Tartu_linnavalitsus, lk 126
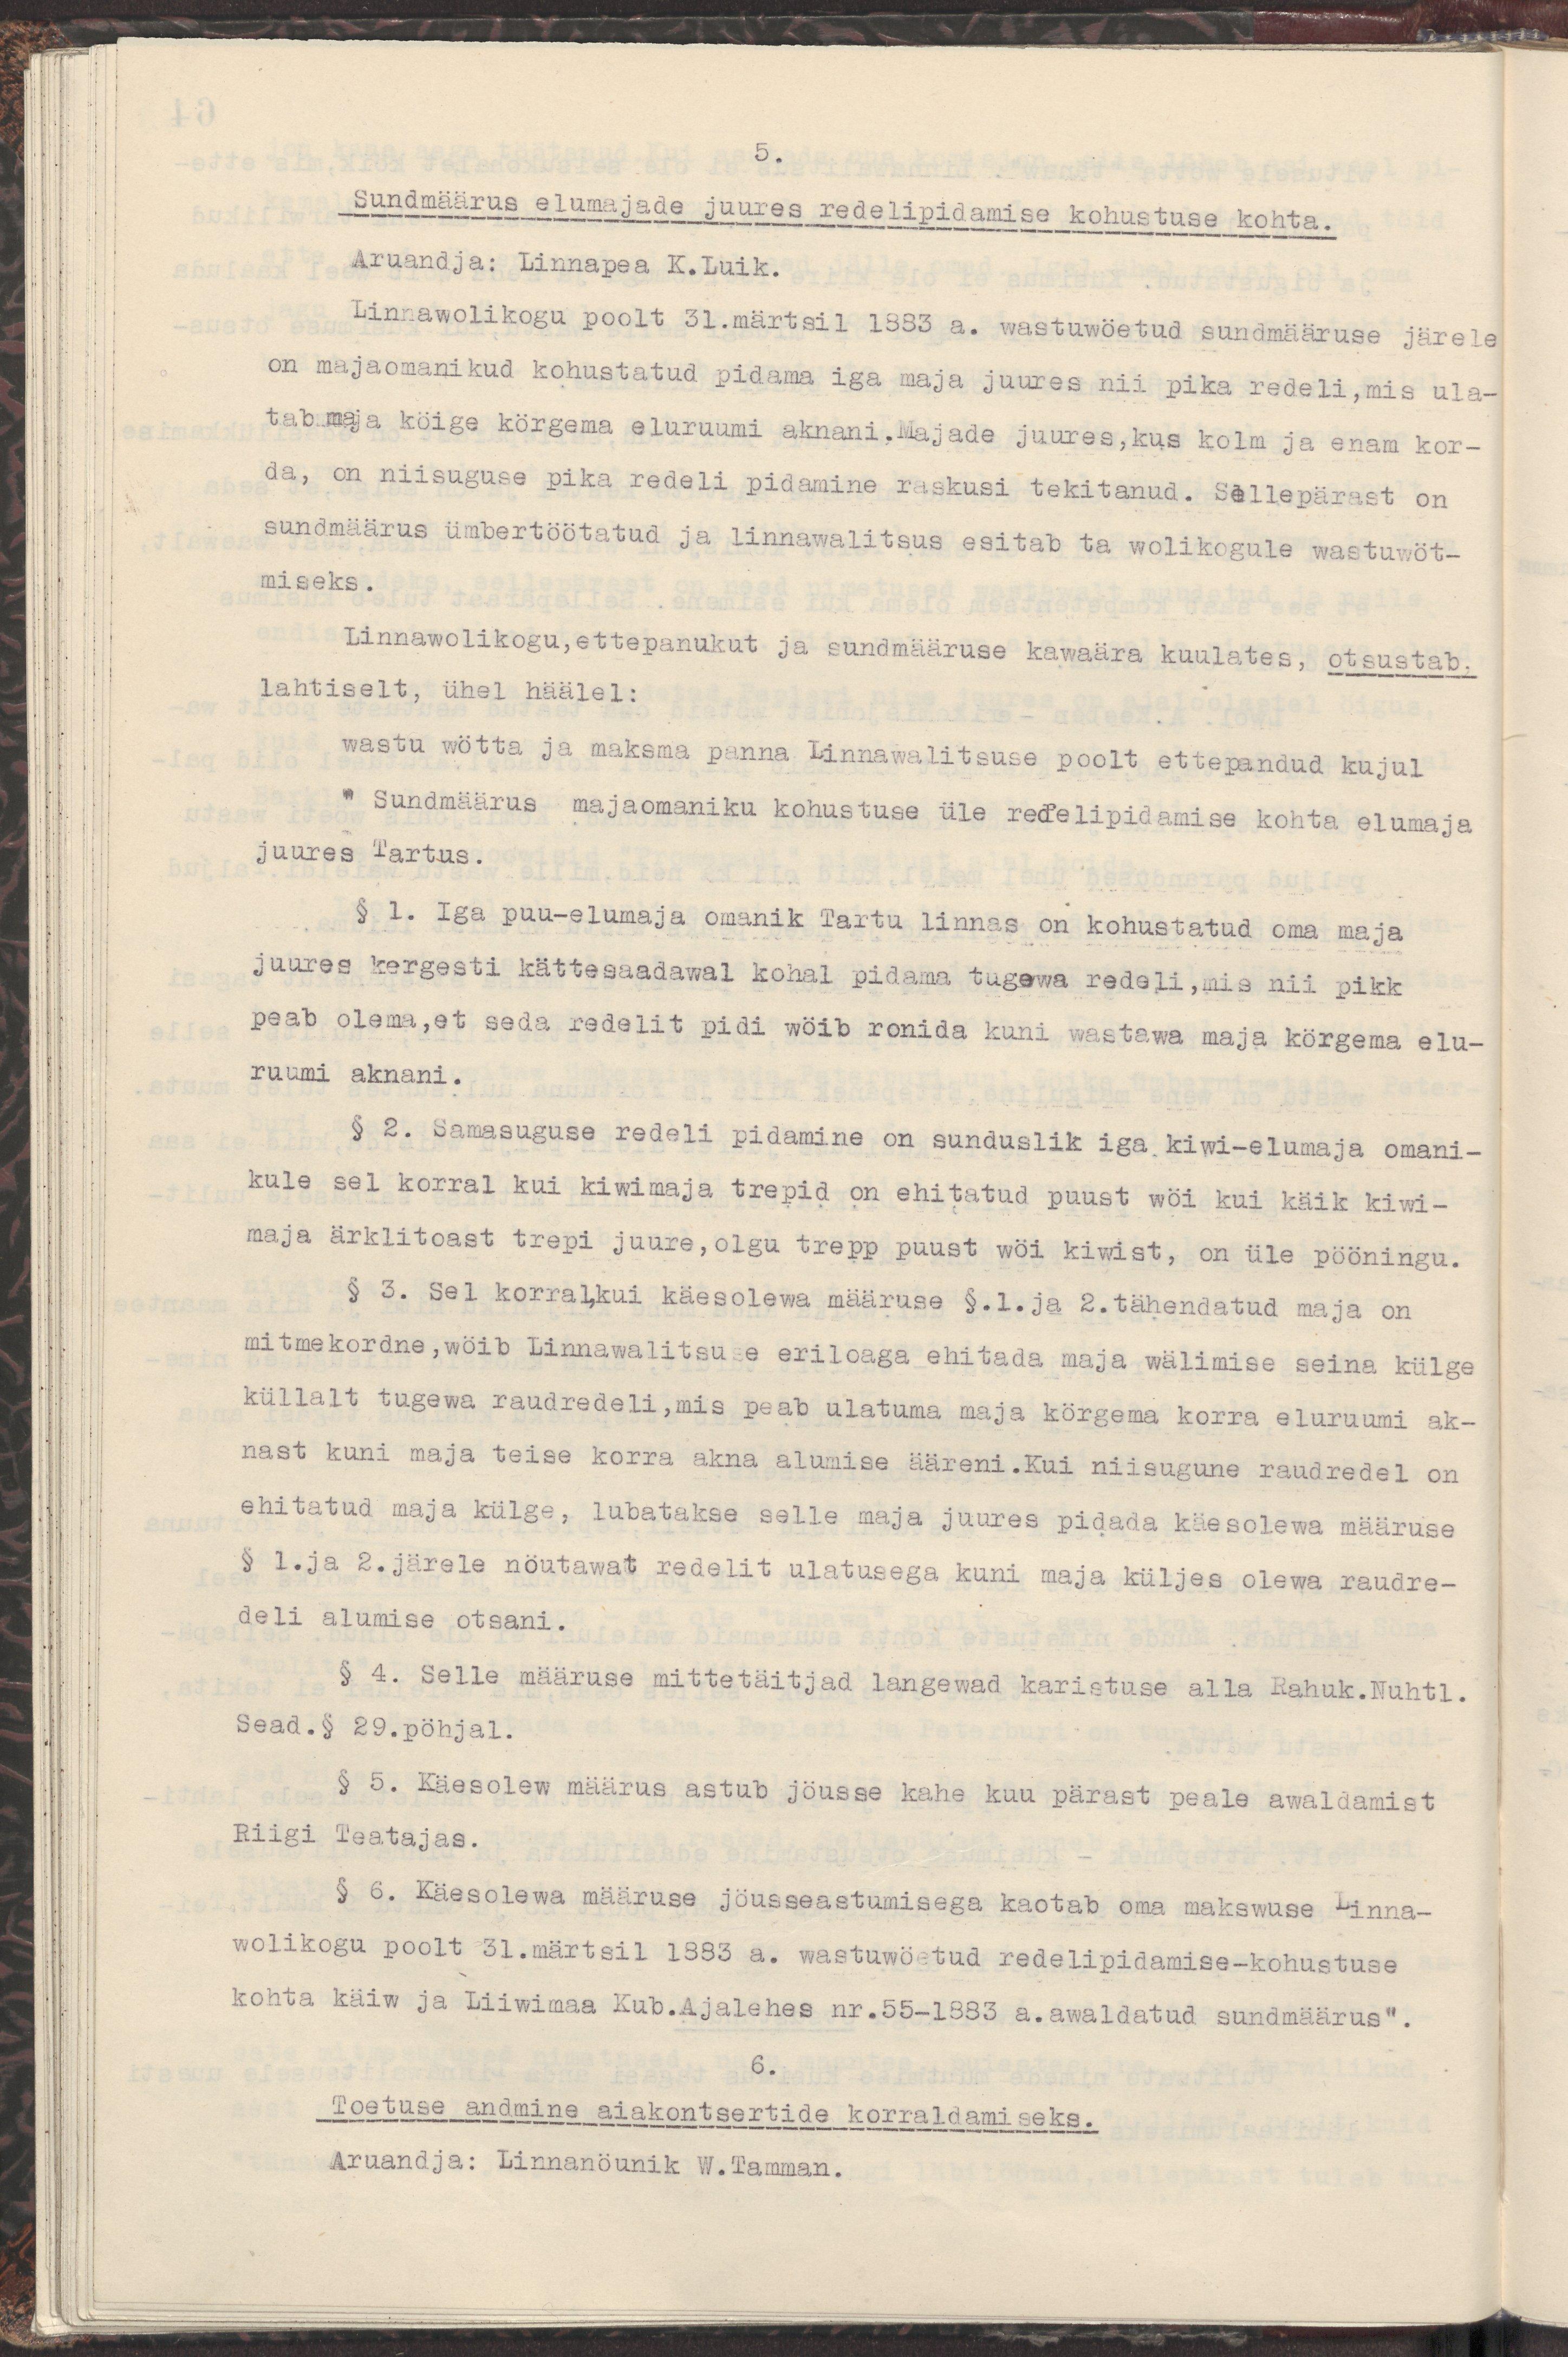
5.
Sundmäärus elumajade juures redelipidamise kohustuse kohta.
Aruandja: Linnapea K.Luik.
Linnawolikogu poolt 31.märtsil 1883 a. wastuwöetud sundmääruse järele
on majaomanikud kohustatud pidama iga maja juures nii pika redeli, mis ula-
tab maja köige körgema eluruumi aknani. Majade juures, kus kolm ja enam kor-
da, on niisuguse pika redeli pidamine raskusi tekitatanud. Sellepärast on
sundmäärus ümbertöötatud ja linnawalitsus esitab ta wolikogule wastuwöt-
miseks.
Linnawolikogu,ettepanukut ja sundmääruse kawaära kuulates, otsustab
lahtiselt, ühel häälel:
wastu wötta ja maksma panna Linnawalitsuse poolt ettepandud kujul
" Sundmäärus majaomaniku kohustuse üle redelipidamise kohta elumaja
juures Tartus.
§ 1. Iga puu-elumaja omanik Tartu linnas on kohustatud oma maja
juures kergesti kättesaadawal kohal pidama tugewa redeli,mis nii pikk
peab olema,et seda redelit pidi wöib ronida kuni wastawa maja körgema elu-
ruumi aknani.
§ 2. Samasuguse redeli pidamine on sunduslik iga kiwi-elumaja omani-
kule sel korral kui kiwimaja trepid on ehitatud puust wöi kui käik kiwi-
maja ärklitoast trepi juure,olgu trepp puust wöi kiwist, on üle pööningu.
§ 3. Sel korral,kui käesolewa määruse §.1.ja 2.tähendatud maja on
mitmekordn,wöib Linnawalitsuse eriloaga ehitada maja wälimise seina külge
küllalt tugewa raudredeli,mis peab ulatuma maja körgema korra eluruumi ak-
nast kuni maja teise korra akna alumise ääreni.Kui niisugune raudredel on
ehitatud maja külge, lubatakse selle maja juures pidada käesolewa määruse
§ 1.ja 2.järele nöutawat redelit ulatusega kuni maja küljes olewa raudre-
deli alumise otsani.
§ 4. Selle määruse mittetäitjad langewad karistuse alla Rahuk.Nuhtl.
Sead.§ 29.pöhjal.
§ 5. Käesolew määrus astub jöusse kahe kuu pärast peale awaldamist
Riigi Teatajas.
§ 6. Käesolewa määruse jöusseastumisega kaotab oma makswuse Linna-
wolikogu poolt 31.märtsil 1883 a. wastuwöetud redelipidamise-kohustuse
kohta käiw ja Liiwimaa Kub.Ajalehes nr.55-1883 .awaldatud sundmäärus".
6.
Toetuse andmine aiakontsertide korraldamiseks.
Aruandja: Linnanöunik W.Tamman.